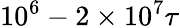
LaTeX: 10^{6}-2\times 10^{7}\tau